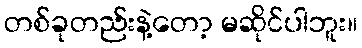
တစ်ခုတည်းနဲ့တော့ မဆိုင်ပါဘူး။